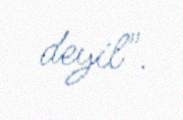
deyil".